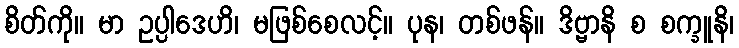
စိတ်ကို။ မာ ဥပ္ပါဒေဟိ၊ မဖြစ်စေလင့်။ ပုန၊ တစ်ဖန်။ ဒိဗ္ဗာနိ စ စက္ခူနိ၊